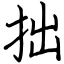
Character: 拙